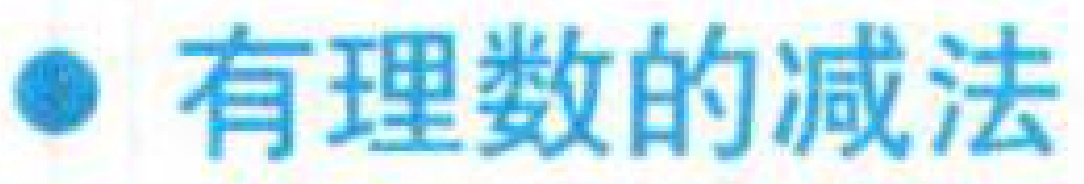
● 有理数的减法